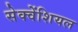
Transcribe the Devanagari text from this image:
सेक्वेंशियल